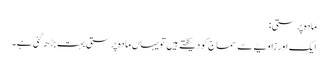
مادہ پرستی:
ایک اور زاویے سے سماج کو دیکھتے ہیں تو یہاں مادہ پرستی بہت بڑھ گئی ہے۔